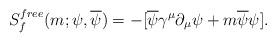
LaTeX: \begin{align*}S^{free}_f(m;\psi,\overline\psi)=- \lbrack\overline\psi\gamma^\mu\partial_\mu\psi +m\overline\psi\psi\rbrack. \end{align*}